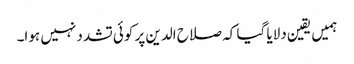
ہمیں یقین دلایا گیا کہ صلاح الدین پر کوئی تشدد نہیں ہوا۔